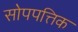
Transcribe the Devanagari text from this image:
सोपपत्तिक